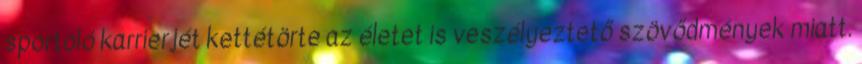
sportoló karrierjét kettétörte az életet is veszélyeztető szövődmények miatt.